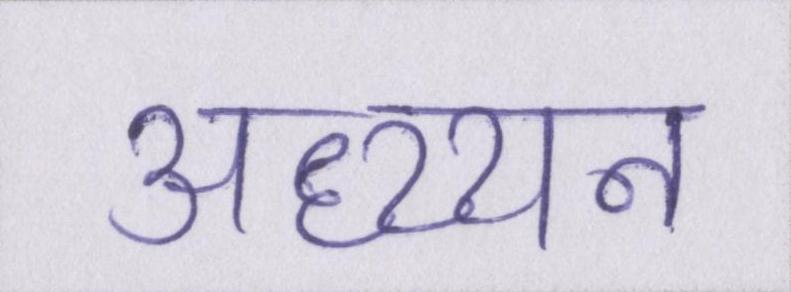
अध्य्यन